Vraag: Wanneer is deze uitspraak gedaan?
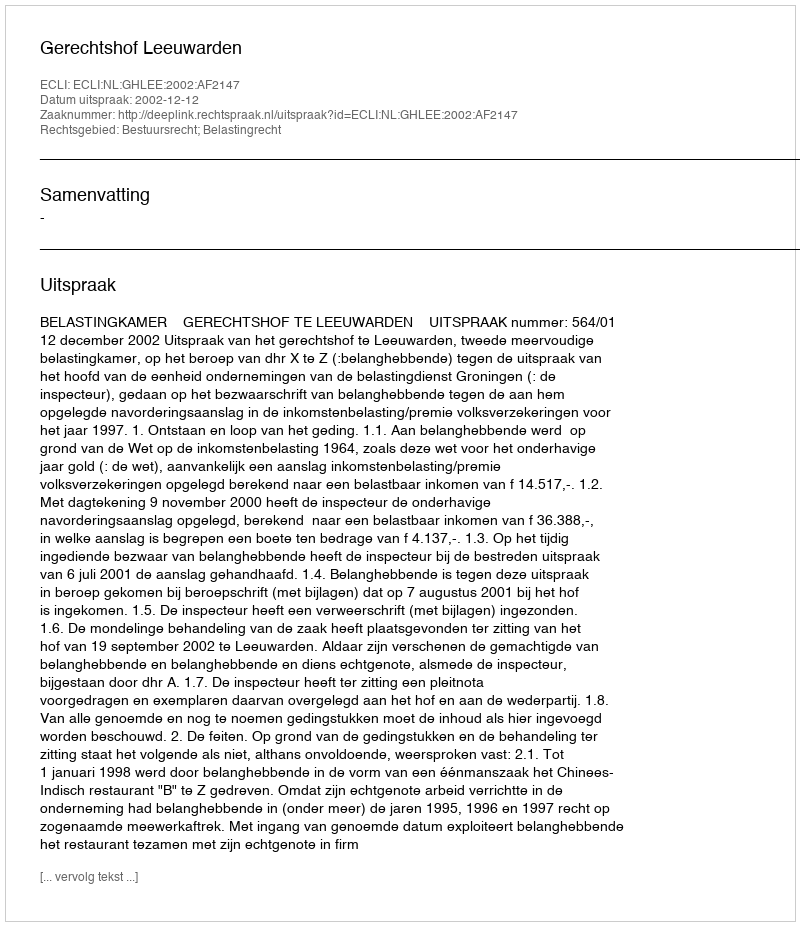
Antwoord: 2002-12-12